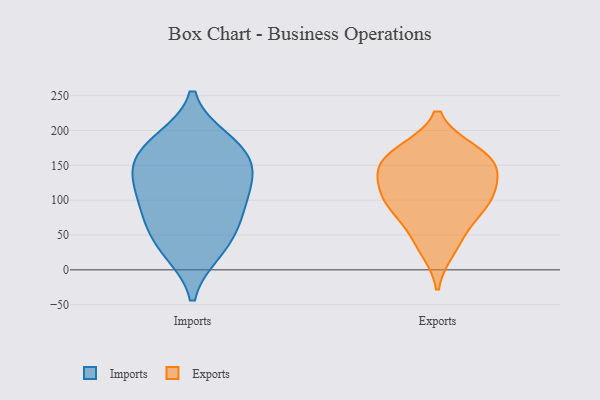
{"axis": {"x": "Budget (USD K)", "y": "Value"}, "legend": ["Exports", "Imports"], "data": [{"x": "", "y": 90, "type": "Imports"}, {"x": "", "y": 122, "type": "Imports"}, {"x": "", "y": 165, "type": "Imports"}, {"x": "", "y": 121, "type": "Imports"}, {"x": "", "y": 67, "type": "Imports"}, {"x": "", "y": 157, "type": "Imports"}, {"x": "", "y": 31, "type": "Imports"}, {"x": "", "y": 180, "type": "Imports"}, {"x": "", "y": 73, "type": "Imports"}, {"x": "", "y": 185, "type": "Imports"}, {"x": "", "y": 27, "type": "Imports"}, {"x": "", "y": 134, "type": "Imports"}, {"x": "", "y": 101, "type": "Exports"}, {"x": "", "y": 30, "type": "Exports"}, {"x": "", "y": 166, "type": "Exports"}, {"x": "", "y": 103, "type": "Exports"}, {"x": "", "y": 169, "type": "Exports"}, {"x": "", "y": 163, "type": "Exports"}, {"x": "", "y": 142, "type": "Exports"}, {"x": "", "y": 143, "type": "Exports"}, {"x": "", "y": 89, "type": "Exports"}, {"x": "", "y": 132, "type": "Exports"}, {"x": "", "y": 51, "type": "Exports"}, {"x": "", "y": 94, "type": "Exports"}]}